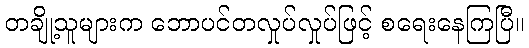
တချို့သူများက ဘောပင်တလှုပ်လှုပ်ဖြင့် စရေးနေကြပြီ။